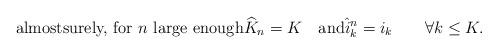
LaTeX: \begin{align*} \mbox{almostsurely, for $n$ large enough}\widehat{K}_n=K\quad\mbox{and}\hat{i}^{n}_k = i_k\qquad\forall k \le K.\end{align*}